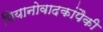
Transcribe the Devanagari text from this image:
पियानोवादकांपैकी